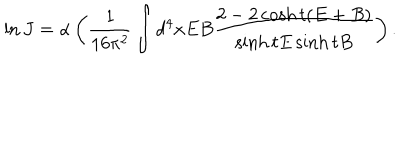
LaTeX: \ln J = \alpha \left( \frac { 1 } { 1 6 \pi ^ { 2 } } \int d ^ { 4 } x E B \frac { 2 - 2 \cosh t ( E + B ) } { \sinh t E \sinh t B } \right) .